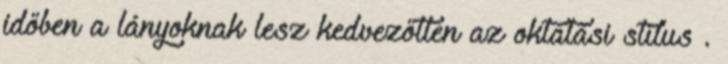
időben a lányoknak lesz kedvezőtlen az oktatási stílus .